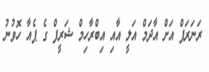
ރަނަރަޕް އަށް އާދަމް އަލީ އާއި އިބްރާހިމް ޝަރީފް ގެ ޕެއާ ހޮވުނު